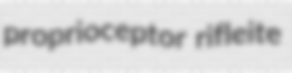
proprioceptor rifleite